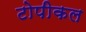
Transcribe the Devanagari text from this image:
टोपीकल